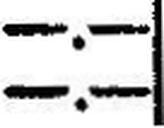
—.—